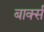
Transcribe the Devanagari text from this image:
बार्क्स